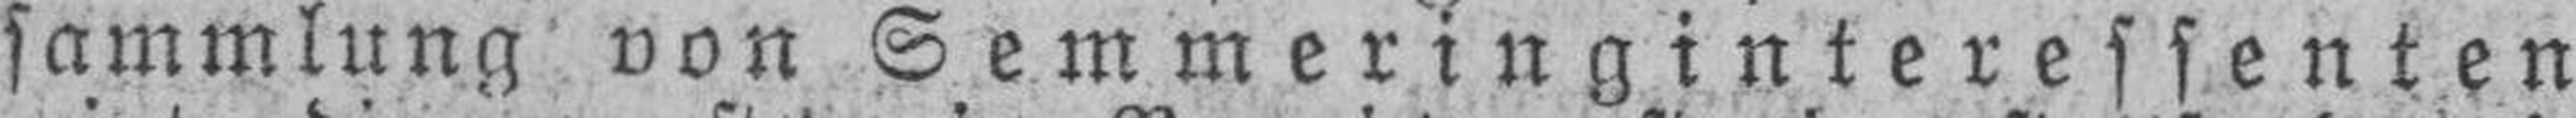
sammlung von Semmeringinteressenten